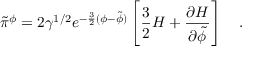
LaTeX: \tilde { \pi } ^ { \phi } = 2 \gamma ^ { 1 / 2 } e ^ { - \frac { 3 } { 2 } ( \phi - \tilde { \phi } ) } \left[ \frac { 3 } { 2 } H + \frac { \partial H } { \partial \tilde { \phi } } \right] ~ ~ ~ .